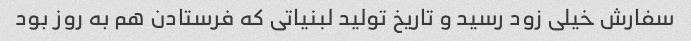
سفارش خیلی زود رسید و تاریخ تولید لبنیاتی که فرستادن هم به روز بود